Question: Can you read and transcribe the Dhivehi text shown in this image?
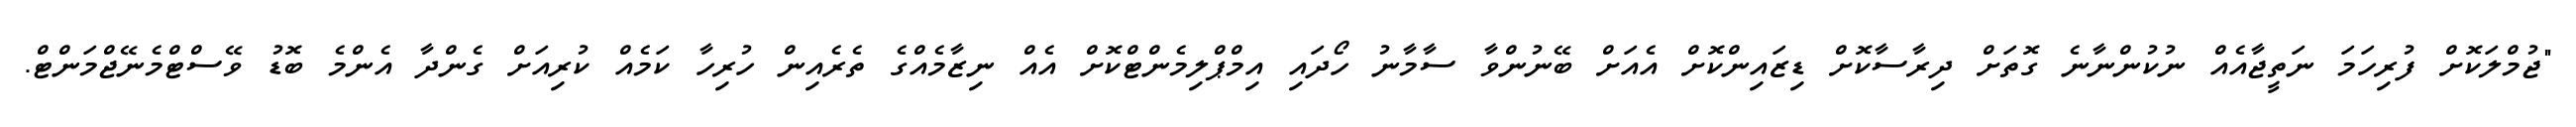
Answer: "ޖުމްލަކޮށް ފުރިހަމަ ނަތީޖާއެއް ނުކުންނާނެ ގޮތަށް ދިރާސާކޮށް ޑިޒައިންކޮށް އެއަށް ބޭނުންވާ ސާމާނު ހޯދައި އިމްޕްލިމެންޓްކޮށް އެއް ނިޒާމެއްގެ ތެރެއިން ހުރިހާ ކަމެއް ކުރިއަށް ގެންދާ އެންމެ ބޮޑު ވޭސްޓްމެނޭޖްމަންޓް.